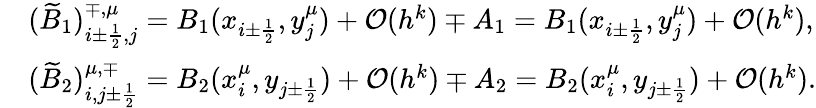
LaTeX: \begin{array}{rl}&{(\widetilde B_{1})_{i\pm\frac{1}{2},j}^{\mp,\mu}=B_{1}(x_{i\pm\frac{1}{2}},y_{j}^{\mu})+{\mathcal O}(h^{k})\mp A_{1}=B_{1}(x_{i\pm\frac{1}{2}},y_{j}^{\mu})+{\mathcal O}(h^{k}),}\\ &{(\widetilde B_{2})_{i,j\pm\frac{1}{2}}^{\mu,\mp}=B_{2}(x_{i}^{\mu},y_{j\pm\frac{1}{2}})+{\mathcal O}(h^{k})\mp A_{2}=B_{2}(x_{i}^{\mu},y_{j\pm\frac{1}{2}})+{\mathcal O}(h^{k}).}\end{array}